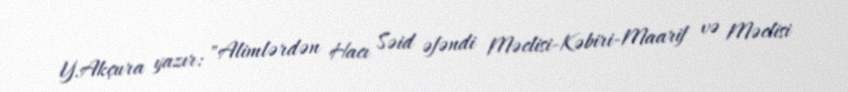
Y.Akçura yazır: "Alimlərdən Hacı Səid əfəndi Məclisi-Kəbiri-Maarif və Məclisi